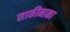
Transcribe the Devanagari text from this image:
साकीनाका